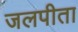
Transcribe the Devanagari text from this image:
जलपीता